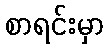
စာရင်းမှာ